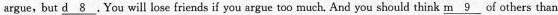
argue, but \underline{d 8} .You will lose friends if you argue too much, And you should think \underline{m 9} of others than